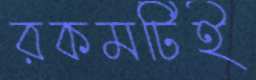
রকমটিই